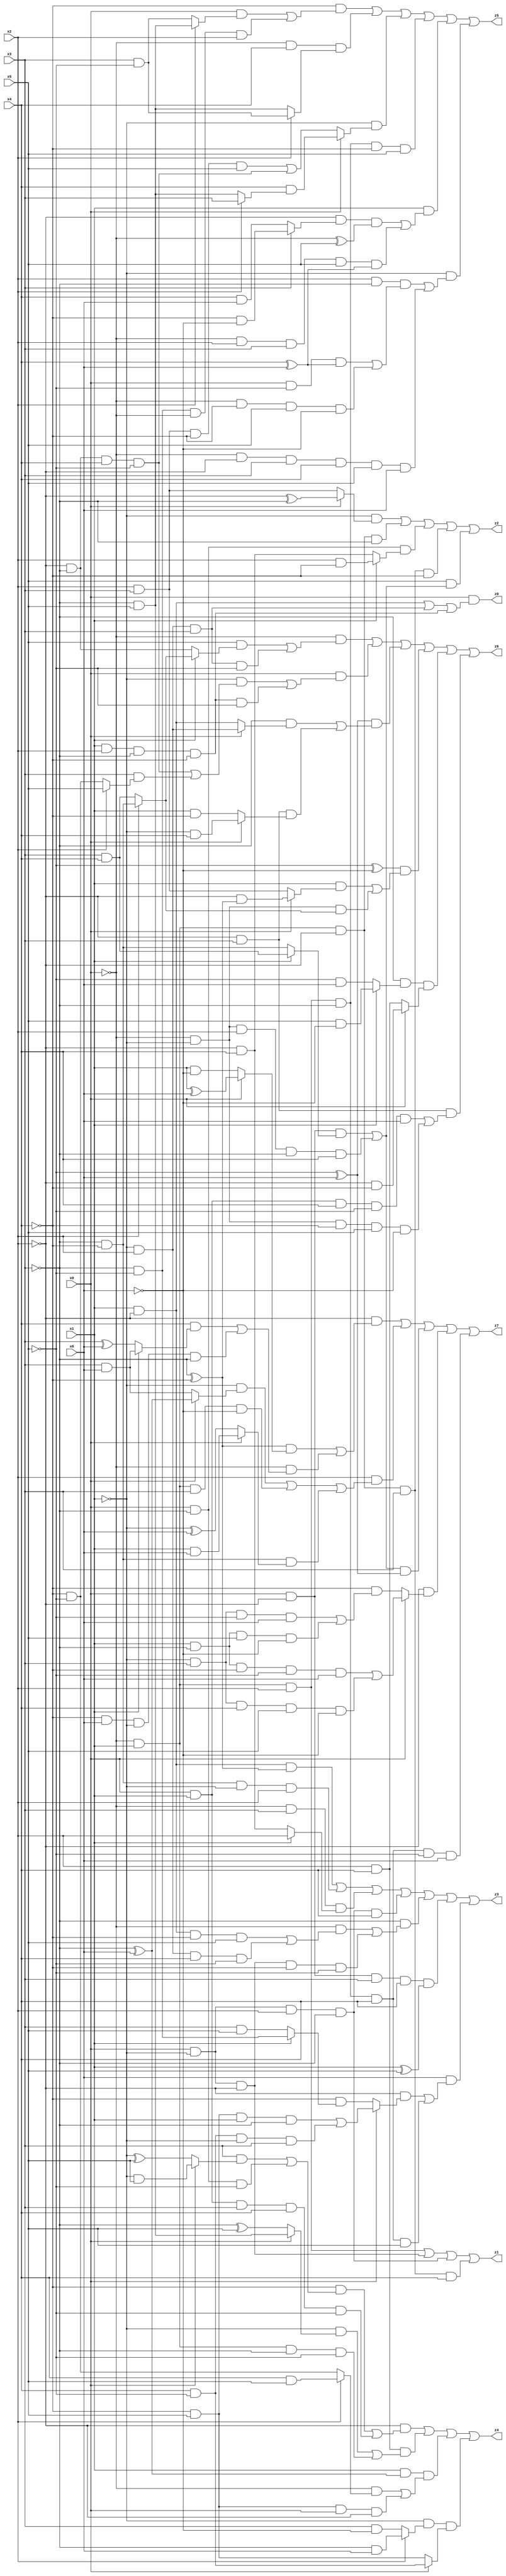
// Benchmark "quot_res" written by ABC on Tue Jul 11 03:56:59 2023

module quot_res ( 
    x0, x1, x2, x3, x4, x5, x6,
    z0, z1, z2, z3, z4, z5, z6, z7  );
  input  x0, x1, x2, x3, x4, x5, x6;
  output z0, z1, z2, z3, z4, z5, z6, z7;
  assign z0 = x0 & ((x1 & ~x2) | (~x1 & x2 & x3) | (x1 & x2 & ~x3 & ~x4));
  assign z1 = (~x0 & x1 & x2) | (x0 & ~x1 & ~x2) | (x0 & ~x1 & x2 & ~x3) | (~x0 & x1 & ~x2 & x3 & x4);
  assign z2 = (~x1 & (x0 ? (~x2 ^ ~x3) : (x2 & x3))) | (~x0 & x1 & ~x2 & ~x3) | (x0 & ~x3 & (x1 ? (x2 & ~x4) : (~x2 & x4))) | (~x0 & x1 & ~x2 & x3 & ~x4) | (x5 & ((x0 & ~x2 & (x1 ? (x3 & x4) : (~x3 & ~x4))) | (~x0 & ~x1 & x2 & ~x3 & x4)));
  assign z3 = (x1 & ~x2 & (~x3 ^ ~x4)) | (~x3 & ~x4 & ~x1 & x2) | (~x0 & x3 & (x1 ? x2 : (~x2 & x4))) | (x0 & ~x1 & x2 & ~x3 & x4) | (~x3 & ((~x0 & ((x1 & ~x2 & ~x4 & x5) | (~x1 & x2 & x4 & ~x5))) | (x0 & ~x1 & ~x2 & ~x4 & ~x5))) | (x0 & ~x2 & x3 & x4 & (x1 ^ x5)) | (x6 & ((~x2 & (x0 ? ((~x4 & x5 & x1 & ~x3) | (x4 & ~x5 & ~x1 & x3)) : (~x4 & (x1 ? (~x3 & ~x5) : (x3 & x5))))) | (~x0 & x1 & x2 & ~x3 & x4 & x5)));
  assign z4 = (~x2 & ((~x4 & ((x3 & (x0 ? (~x1 & x5) : (~x1 ^ x5))) | (x0 & ~x3 & ~x5))) | (x0 & x1 & x3 & x4 & ~x5))) | (x2 & x4 & ((~x1 & (x0 ? (~x3 & x5) : (~x3 ^ x5))) | (~x0 & x1 & ~x3 & ~x5))) | (x1 & (~x3 ^ x6) & ((~x0 & (x2 ? (x4 & x5) : (~x4 & ~x5))) | (~x4 & x5 & x0 & ~x2))) | (~x1 & (x2 ? (~x3 & x6) : (x3 & ~x6)) & (x0 ? (x4 & ~x5) : (~x4 & x5)));
  assign z5 = (~x4 & ((x0 & (x2 ? (~x3 & x5) : (x3 & ~x5))) | (~x3 & ~x5 & ~x0 & x2))) | (~x0 & x4 & (x2 ? (x3 & ~x5) : (~x3 & x5))) | (~x1 & (x0 ? (x4 & (x2 ? x3 : (~x3 & x5))) : ((x2 & x3 & ~x4 & x5) | (~x2 & ~x3 & x4 & ~x5)))) | (~x0 & x1 & x2 & ~x3 & ~x4 & x5) | (x1 & ((~x2 & (x3 ? (~x4 & ~x6) : (x4 & x6)) & (~x0 ^ x5)) | (~x0 & x2 & x3 & x5 & (x4 ^ x6)))) | (~x1 & ((x2 & ~x3 & ((x0 & ~x5 & (x4 ^ x6)) | (~x0 & ~x4 & x5 & ~x6))) | (~x0 & ~x2 & x3 & x4 & x5 & x6)));
  assign z6 = (~x0 & ((x5 & (x1 ? (x2 ? (~x3 & ~x4) : (x3 & x4)) : (~x2 & ~x3))) | (~x1 & x2 & x3 & ~x5))) | (x0 & ((~x1 & ((~x2 & ~x3 & x4 & ~x5) | (x3 & (x2 ? x5 : (~x4 & ~x5))))) | (x1 & x2 & ~x3 & ~x4 & ~x5))) | ((~x5 ^ x6) & ((~x3 & (x0 ? (~x1 & x2) : (x1 & ~x2))) | (~x2 & x3 & (x0 ? (~x1 & x4) : (x1 & ~x4))))) | ((~x5 ^ ~x6) & ((x1 & (x0 ? (~x2 & (~x3 ^ ~x4)) : (x2 & x3))) | (~x0 & ~x1 & (x2 ? (~x3 & ~x4) : (x3 & x4))))) | (~x3 & (x1 ? (x5 & ~x6) : (~x5 & x6)) & (x0 ? (~x2 & ~x4) : (x2 & x4))) | (~x2 & x3 & ((x0 & x1 & x4 & ~x5 & x6) | (~x0 & ~x1 & ~x4 & x5 & ~x6)));
  assign z7 = (~x2 & (((~x3 ^ ~x4) & (x0 ? (x1 ^ x6) : (x1 & ~x6))) | (~x0 & ((x4 & (x1 ? (x3 & x6) : (x3 ^ x6))) | (~x4 & x6 & ~x1 & ~x3))))) | (x2 & ((~x1 & (x0 ? (~x3 ^ x6) : (x3 & x6))) | (~x0 & x1 & x3 & ~x6) | (~x3 & ~x4 & (x0 ? (x1 & x6) : (~x1 ^ x6))))) | (((x0 & ~x2 & (x1 ? (x3 & x4) : (~x3 & ~x4))) | (~x0 & ~x1 & x2 & ~x3 & x4)) & (~x5 ^ x6)) | (~x2 & (x0 ? ((x1 & ~x3 & ~x4 & ~x5 & x6) | (~x1 & x3 & x4 & x5 & ~x6)) : (~x4 & ((~x1 & x3 & ~x5 & x6) | (x1 & ~x3 & x5 & ~x6))))) | (~x0 & x1 & x2 & ~x3 & x4 & ~x5 & x6);
endmodule